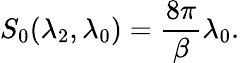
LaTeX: S_{0}(\lambda_{2},\lambda_{0})=\frac{8\pi}{\beta}\lambda_{0}.